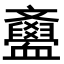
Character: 𣁫